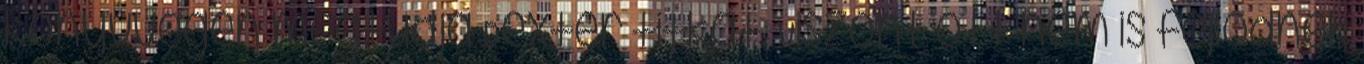
könyvvégén megtudja Dexter titkát. Viszont ott nem is fejlődnek